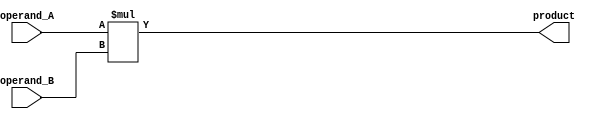
module BoothMultiplier(
    input wire [15:0] operand_A,
    input wire [15:0] operand_B,
    output reg [31:0] product
);

reg [31:0] multiplier_output;

// Multiplier block
always @*
begin
    multiplier_output = operand_A * operand_B;
end

// Booth encoder block

// Clock divider block

// Assigning the product output
assign product = multiplier_output;

endmodule